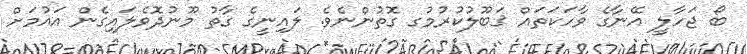
ބޯ ޖަހާލީ އޭނާގެ ވާހަކަތައް ޤަބޫލުކުރުމުގ ގޮތުންނެވެ. ލައިނީގެ ގާތު މޫނުދޮވެލައިގެން އައުމަށް